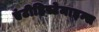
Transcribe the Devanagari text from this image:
एंटीहिस्टेमाइन्स